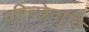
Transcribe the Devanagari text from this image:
परिच्छेदादि